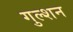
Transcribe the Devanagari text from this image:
गुल्शन